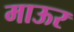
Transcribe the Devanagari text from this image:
माऊर